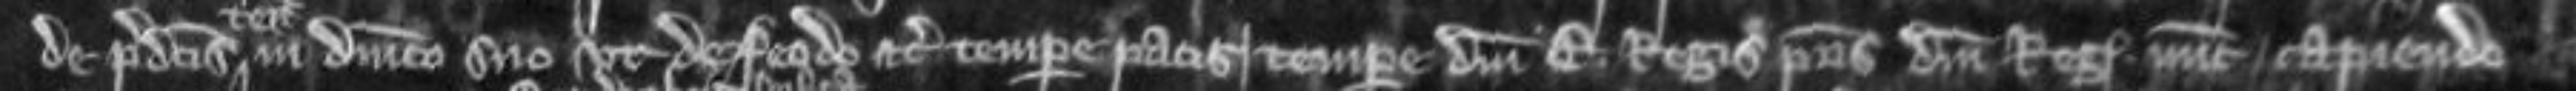
de predictis in dominico suo ut de feodo etc tempore pacis tempore domini Edwardi regis patris domini regis nunc capiendo